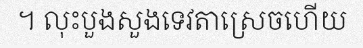
។ លុះបួងសួងទេវតាស្រេចហើយ